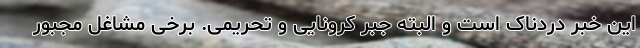
این خبر دردناک است و البته جبر کرونایی و تحریمی. برخی مشاغل مجبور